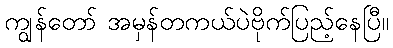
ကျွန်တော် အမှန်တကယ်ပဲဗိုက်ပြည့်နေပြီ။